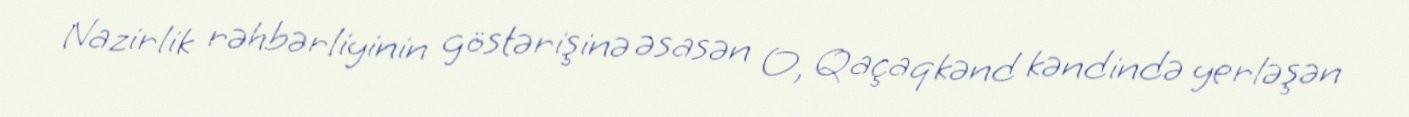
Nazirlik rəhbərliyinin göstərişinə əsasən O, Qaçaqkənd kəndində yerləşən